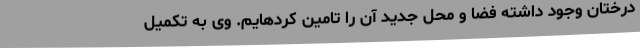
درختان وجود داشته فضا و محل جدید آن را تامین کردهایم. وی به تکمیل